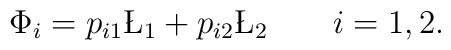
\Phi_i=p_{i1}\L_1+p_{i2}\L_2\qquad i={1,2}.